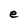
Character: e